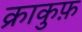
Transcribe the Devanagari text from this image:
क्राकुफ़